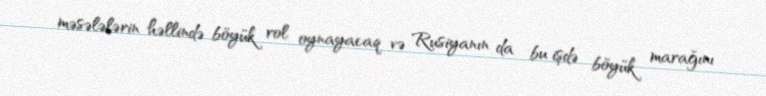
məsələlərin həllində böyük rol oynayacaq və Rusiyanın da bu işdə böyük marağını